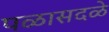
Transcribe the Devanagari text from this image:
पळासदळे